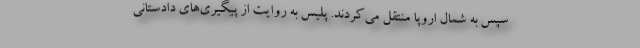
سپس به شمال اروپا منتقل می‌کردند. پلیس به روایت از پیگیری‌های دادستانی